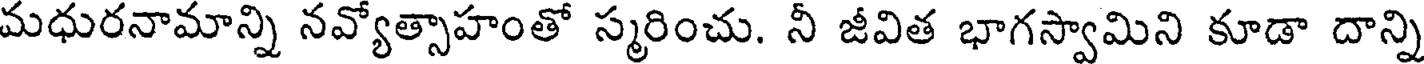
మధురనామాన్ని నవ్యోత్సాహంతో స్మరించు. నీ జీవిత భాగస్వామిని కూడా దాన్ని